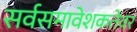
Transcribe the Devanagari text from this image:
सर्वसमावेशकतेवर